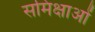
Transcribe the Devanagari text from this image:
समिक्षाओं